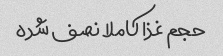
حجم غذا کاملا نصف شده